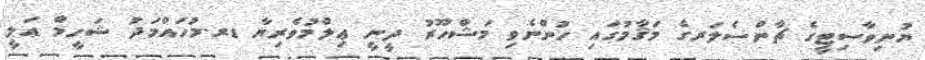
ޔުނިވާސިޓީގެ ޗާންސެލަރގެ މަޤާމުގައި ހުންނެވި މަޝްހޫރު ދީނީ ޢިލްމުވެރިޔާ ޑރ.މުހައްމަދު ޝަހީމް ޢަލީ